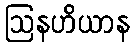
ဩနဟိယာန